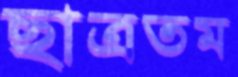
ছাত্রতম